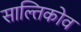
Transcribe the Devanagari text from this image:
साल्तिकोव